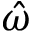
\hat { \omega }